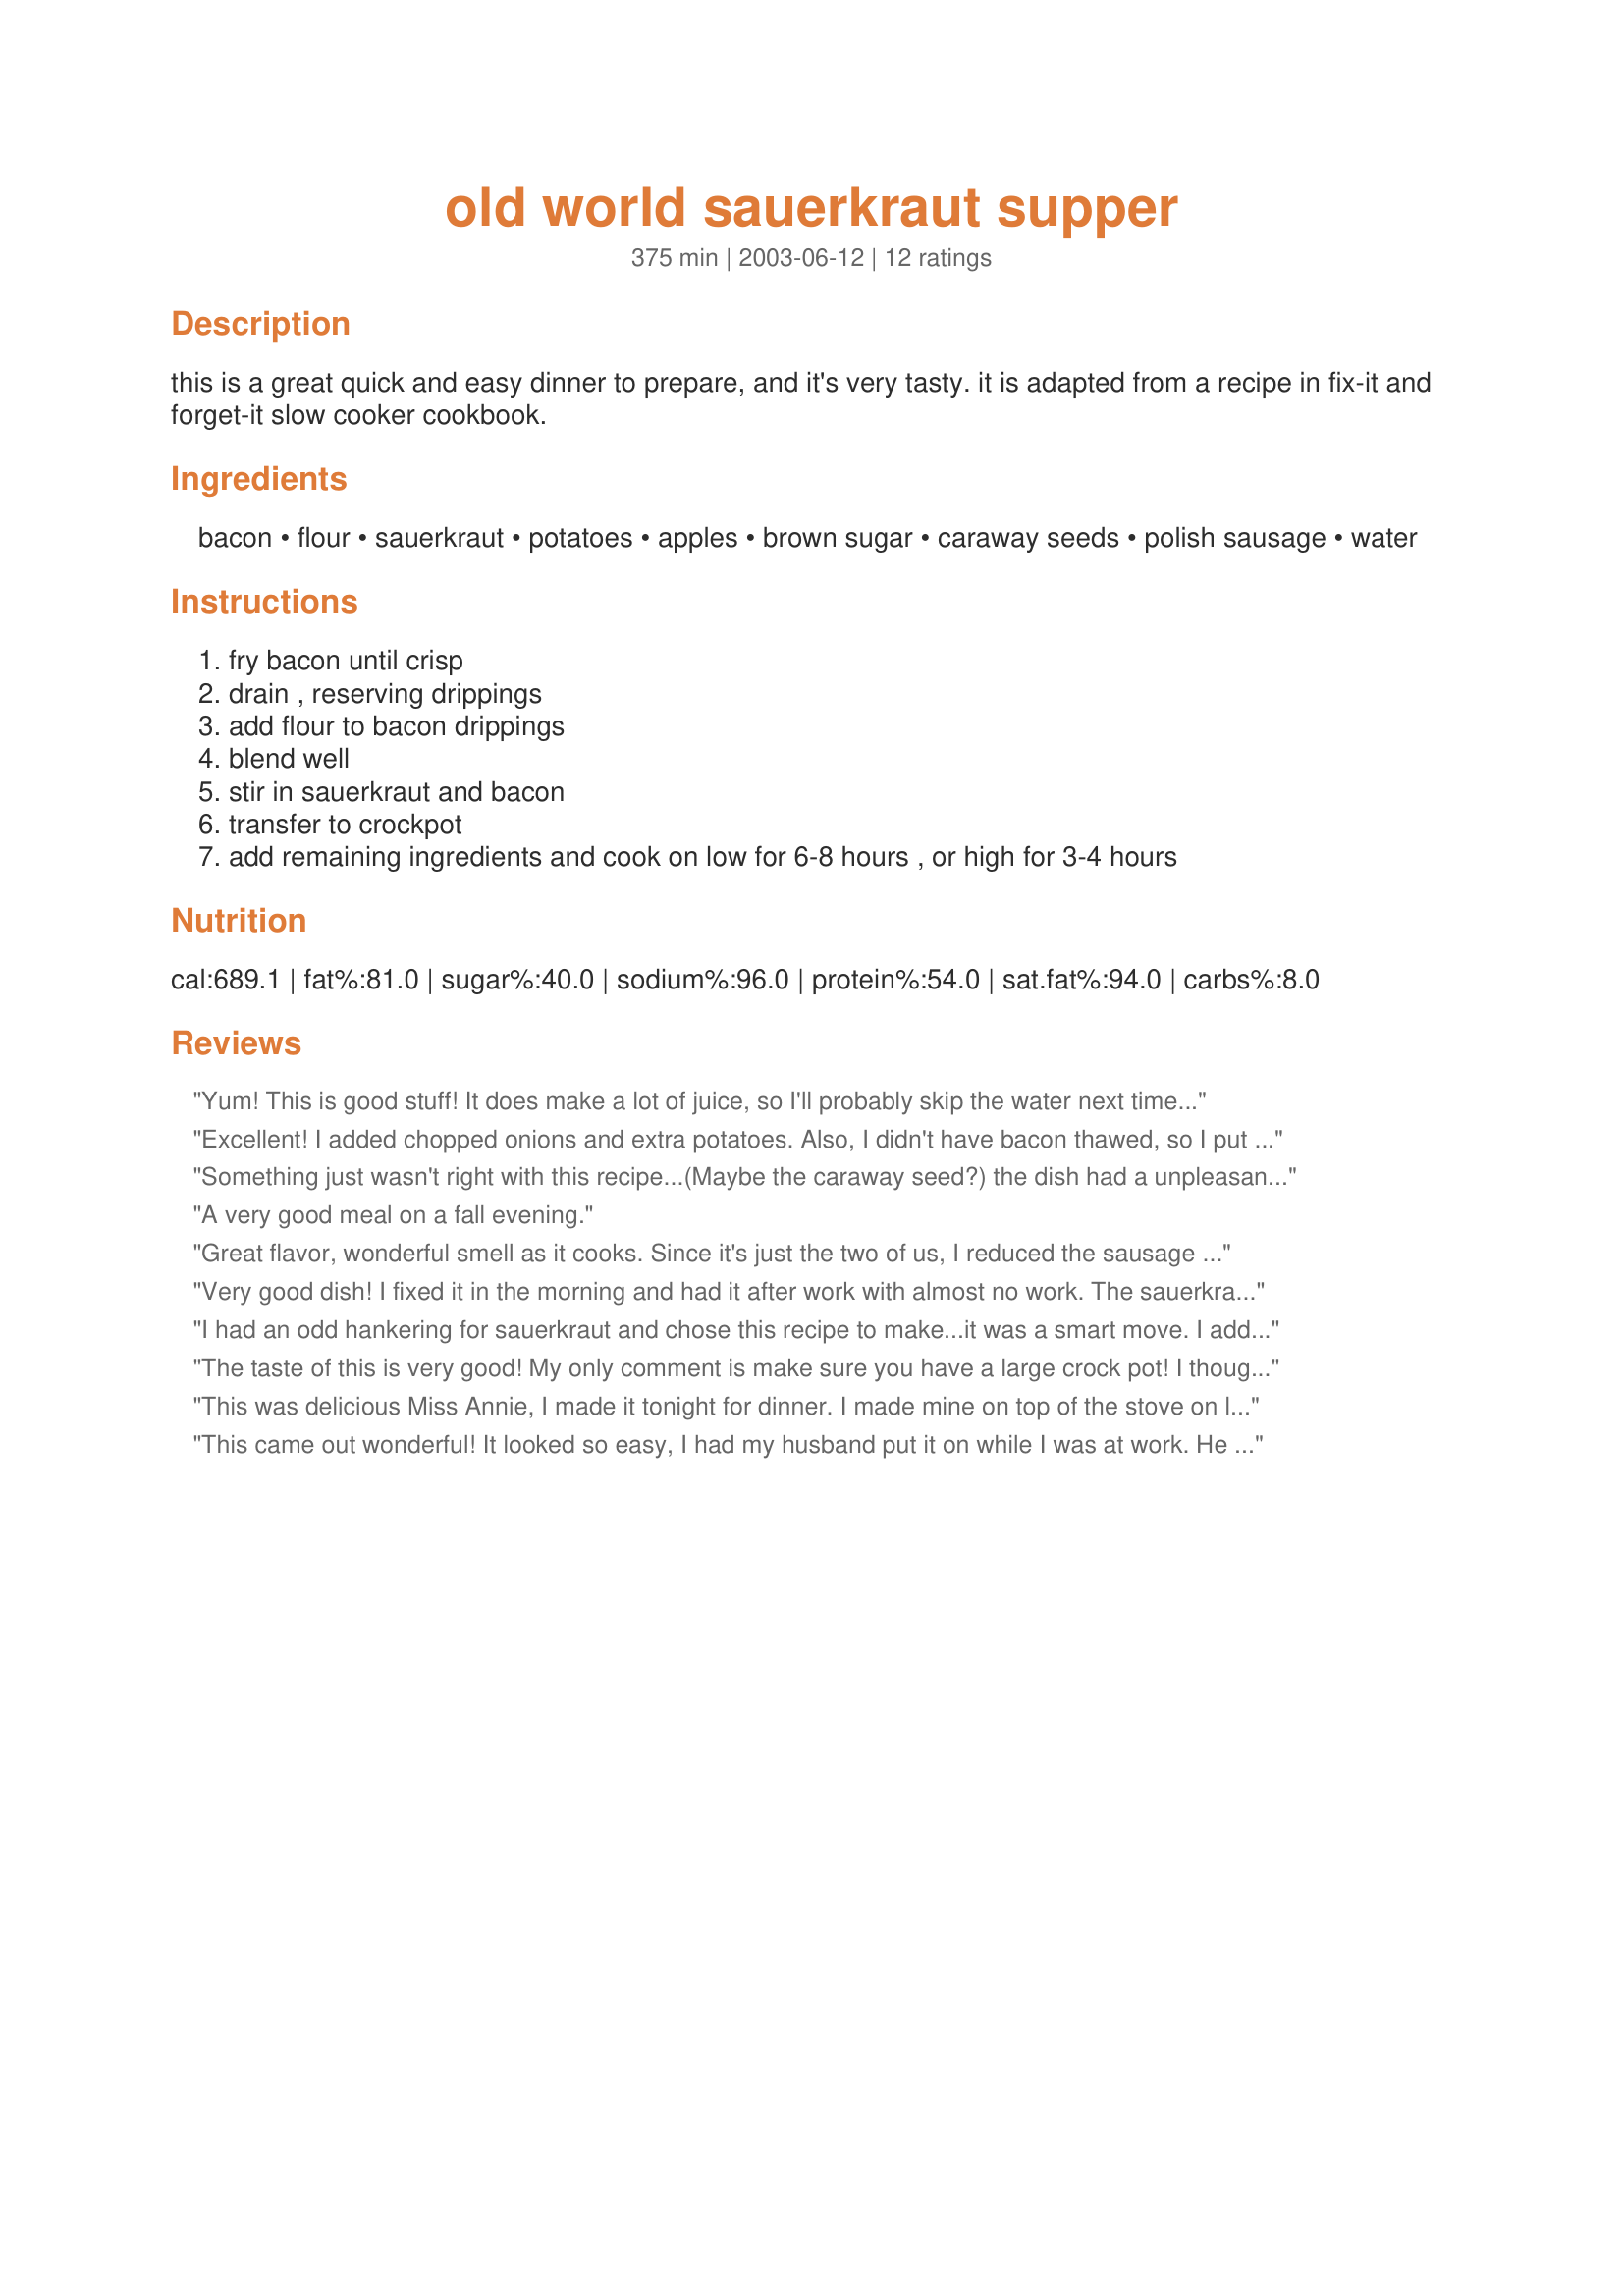
old world sauerkraut supper
Preparation time: 375 minutes

this is a great quick and easy dinner to prepare, and it's very tasty. it is adapted from a recipe in fix-it and forget-it slow cooker cookbook.

Ingredients:
bacon, flour, sauerkraut, potatoes, apples, brown sugar, caraway seeds, polish sausage, water

Steps:
fry bacon until crisp, drain , reserving drippings, add flour to bacon drippings, blend well, stir in sauerkraut and bacon, transfer to crockpot, add remaining ingredients and cook on low for 6-8 hours , or high for 3-4 hours

Reviews:
Yum! This is good stuff! It does make a lot of juice, so I'll probably skip the water next time - I think they'll still be plenty of juice. Otherwise, I put in 4 potatoes (2 just didn't seem like enough) and I used Lean Turkey Bratwurst instead of Polish- to reduce the fat. Really delicious! Not too strong or sour - more like a sweet and sour - like how German Potato Salad is. I made this w/ a dark soda bread -- and it went great together. My hubby isn't normally a huge fan of sauerkraut dishes, but he got a generous 2nd helping of this - I think it's b/c the little bit of sweetness in it that did it for him - versus just regular sauerkraut.
Excellent! I added chopped onions and extra potatoes. Also, I didn't have bacon thawed, so I put a couple tblspoons of olive oil in pan, added real bacon bits (30% less fat) to flavor the oil and then mixed in the flour which is a bit healthier.
Something just wasn't right with this recipe...(Maybe the caraway seed?) the dish had a unpleasant smell and taste....Other then that I picked this recipe to make because I've made other recipes with sausage and kraut which have turned out great!..next time NO CARAWAY SEED.
A very good meal on a fall evening.
Great flavor, wonderful smell as it cooks. Since it's just the two of us, I reduced the sausage to 2 lbs. and added in 3 extra potatoes. Worked out just fine. The apples disintegrate while cooking and add such a nice flavor accent.
Very good dish! I fixed it in the morning and had it after work with almost no work. The sauerkraut wasn't as crisp as we like it so I may skip the water next time, but thought the apples/sugar addition was great for those that are iffy on sauerkraut--it got rid of a lot of the sour taste usually associated with sauerkraut dishes. Thanks for sharing this easy-to-make dish!
I had an odd hankering for sauerkraut and chose this recipe to make...it was a smart move. 
I added a chopped onion, which I cooked a little bit after the bacon got almost crisp; then I added the rest of the ingredients to the pan and cooked it on top of the stove for around 21/2 to 3 hours on the lowest setting. Instead of cooking the potatoes with the sauerkraut, I made some mashed potatoes to serve alongside.
I'm not usually a fan of caraway, but it was delicious in this recipe. This is a wonderful, fail proof dish that will be saved in my cookbook!
The taste of this is very good! My only comment is make sure you have a large crock pot! I thought mine was a large crock pot, but all the ingredients wouldn't fit, so I had to freeze some for a later date.
This was delicious Miss Annie, I made it tonight for dinner. I made mine on top of the stove on low heat, and used Italian sausage instead of Polish (that was all i had in my freezer), I added just a couple of potatoes towards the end of cooking time which was roughly about 3 hours, what a wonderful meal, we enjoyed it very much I just love saurkraut!...I too (as Karen) had this with Uncle Bill's perogies that I made on the weekend, so yummy! I will be making this again Miss Annie, thanks so much for posting...kittencal:)
This came out wonderful! It looked so easy, I had my husband put it on while I was at work. He used 2 lbs. of kielbasa and 1 lb. of hot dogs and it worked out great. It was cooked on high for about 4 1/2 hours, which I think was a bit too long, because the meats got a little too soft, but it could not be avoided...no one was home to turn it off! I think if we let it go for 3 hours or so, it would have been perfect. The sauerkraut was absolutely delicious and the caraway was not overpowering at all, which was what I expected. I think the apples disapeared during cooking, but the potatoes were very good also. We had this with potato and cheese pierogies. Thanks for sharing this delicious dish!
 I left out the potatoes, (lower the carbs), and also the apples. I just love sauerkraut, but not with apples. But...other than that, I followed the recipe. This was very, very good! The caraway seed was just right. And the kraut with the sausage AND bacon......YUM! Thanks, Ann for another great recipe!
I thought that this dish was fantastic! I didn't have any bacon on hand so I just left it out and I did not miss it at all. I cooked it on high for about 3 hours, the apples were soft and the potatos were cooked perfectly. Thanks for a recipe that I know I will make many more times.
